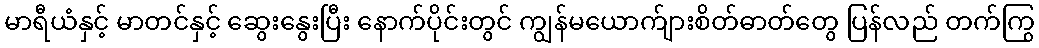
မာရီယံနှင့် မာတင်နှင့် ဆွေးနွေးပြီး နောက်ပိုင်းတွင် ကျွန်မယောက်ျားစိတ်ဓာတ်တွေ ပြန်လည် တက်ကြွ